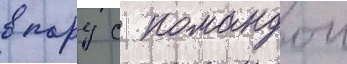
в пару с командои